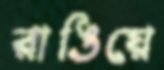
রাঙিয়ে